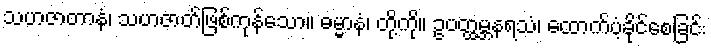
သဟဇာတာနံ၊ သဟဇာတ်ဖြစ်ကုန်သော။ ဓမ္မာနံ၊ တို့ကို။ ဥပတ္ထမ္ဘနရသံ၊ ထောက်ပံ့ခိုင်စေခြင်း